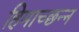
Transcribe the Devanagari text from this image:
हिमाच्छन्न